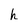
Character: h